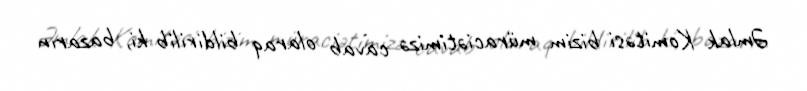
Əmlak Komitəsi bizim müraciətimizə cavab olaraq bildirilib ki, bazarın